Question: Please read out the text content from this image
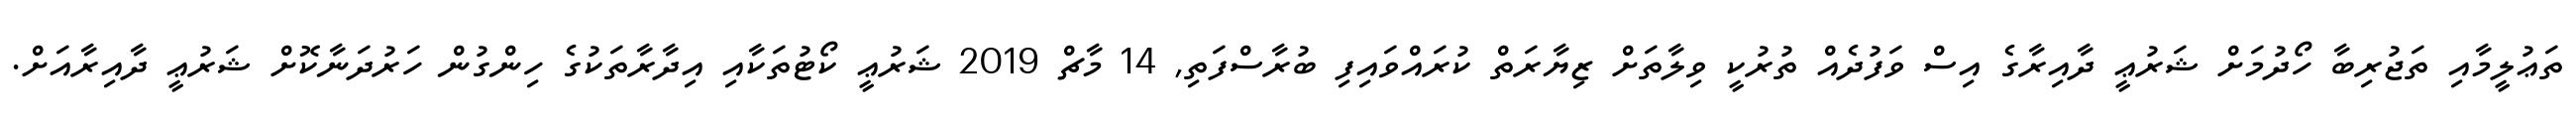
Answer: ތަޢުލީމާއި ތަޖުރިބާ ހޯދުމަށް ޝަރުޢީ ދާއިރާގެ އިސް ވަފުދެއް ތުރުކީ ވިލާތަށް ޒިޔާރަތް ކުރައްވައިފި ބުރާސްފަތި, 14 މާޗް 2019 ޝަރުޢީ ކޯޓުތަކާއި އިދާރާތަކުގެ ހިންގުން ހަރުދަނާކޮށް ޝަރުޢީ ދާއިރާއަށް.